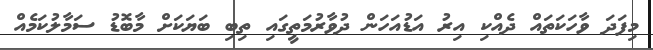
މިފަދަ ވާހަކަތައް ދެއްކި އިރު އަޑުއަހަން ދުވާރުމަތީގައި ތިބި ބަޔަކަށް މާބޮޑު ސަމާލުކަމެއް